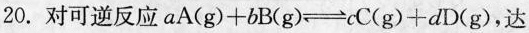
20.对可逆反应$$a A ( g ) + b B ( g ) \rightleftharpoons c C ( g ) + d D ( g )$$，达